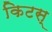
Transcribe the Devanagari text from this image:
किटस्